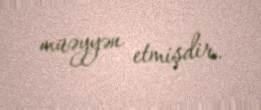
müəyyən etmişdir.